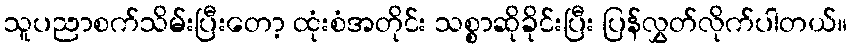
သူပညာစက်သိမ်းပြီးတော့ ထုံးစံအတိုင်း သစ္စာဆိုခိုင်းပြီး ပြန်လွှတ်လိုက်ပါတယ်။